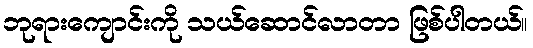
ဘုရားကျောင်းကို သယ်ဆောင်လာတာ ဖြစ်ပါတယ်။